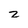
Character: z